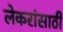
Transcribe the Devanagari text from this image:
लेकरांसाठी